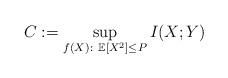
LaTeX: \begin{align*} C := \sup_{f(X):~\mathbb{E}[X^2]\leq P} I(X;Y)\end{align*}